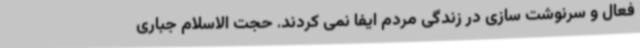
فعال و سرنوشت سازی در زندگی مردم ایفا نمی کردند. حجت الاسلام جباری